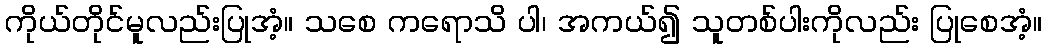
ကိုယ်တိုင်မူလည်းပြုအံ့။ သစေ ကရောသိ ပါ၊ အကယ်၍ သူတစ်ပါးကိုလည်း ပြုစေအံ့။